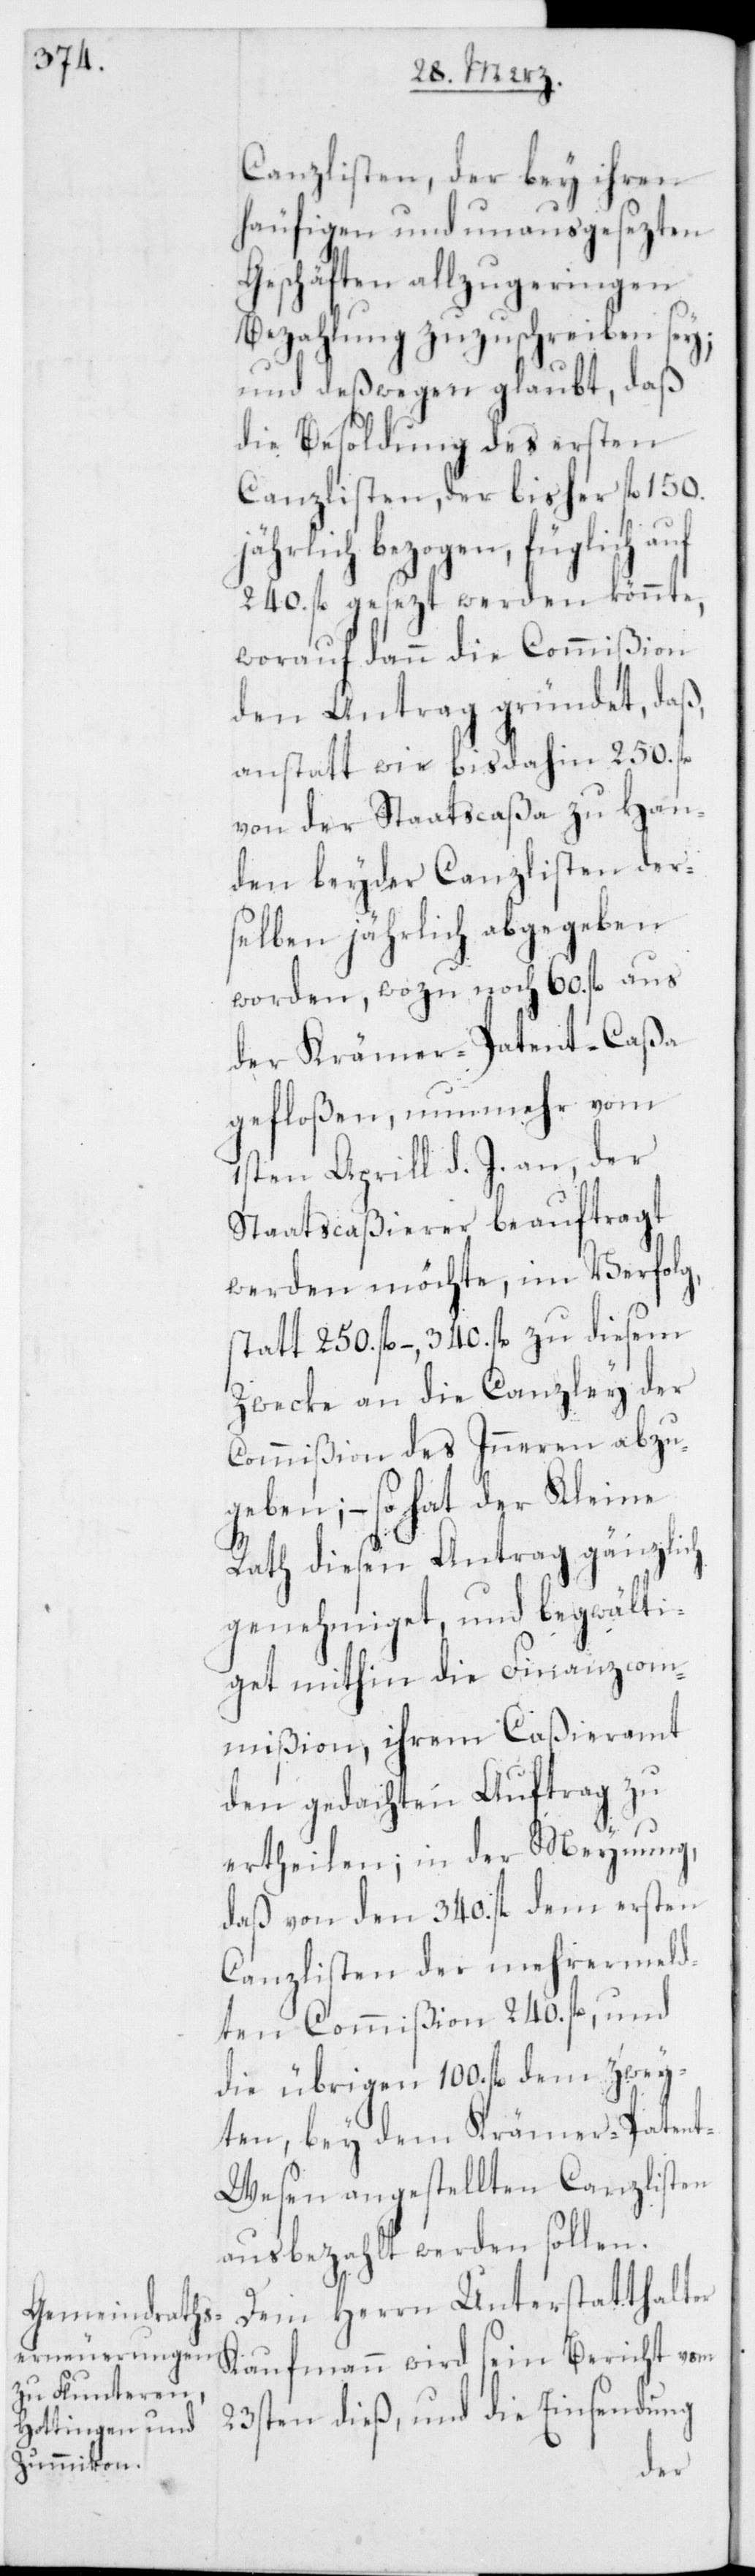
Canzlisten, der bey ihren
häufigen und unausgesezten
Geschäften allzugeringen
Bezahlung zuzuschreiben sey;
und deßwegen glaubt, daß
die Besoldung des ersten
Canzlisten, der bisher fl. 150.
jährlich bezogen, füglich auf
240. fl. gesezt werden könnte,
worauf dann die Commißion
den Antrag gründet, daß,
anstatt wie bis dahin 250. fl.
von der Staatscaßa zu Han¬
den beyder Canzlisten der¬
selben jährlich abgegeben
worden, wozu noch 60. fl. aus
der Krämer-Patent-Caßa
gefloßen, nunmehr vom
1sten Aprill d. J. an, der
Staatscaßierer beauftragt
werden möchte, im Verfolg,
statt 250. fl. –, 340. fl. zu diesem
Zwecke an die Canzley der
Commißion des Inneren abzu¬
geben; – so hat der Kleine
Rath diesen Antrag gänzlich
genehmiget und begwälti¬
get mithin die Finanzcom¬
mißion, ihrem Caßieramt
den gedachten Auftrag zu
ertheilen; in der Meynung,
daß von den 340. fl. dem ersten
Canzlisten der mehrermeld¬
ten Commißion 240. fl., und
die übrigen 100. fl. dem zwey¬
ten, bey dem Krämer-Paten¬
t-Wesen angestellten Canzlisten
ausbezahlt werden sollen.
Dem Herrn Unterstatthalter
Kaufmann wird sein Bericht vom
23sten dieß, und die Einsendung